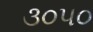
૩૦૫૦